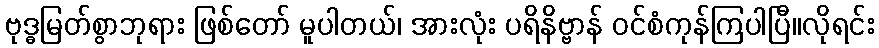
ဗုဒ္ဓမြတ်စွာဘုရား ဖြစ်တော် မူပါတယ်၊ အားလုံး ပရိနိဗ္ဗာန် ဝင်စံကုန်ကြပါပြီ။လိုရင်း